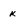
Character: k